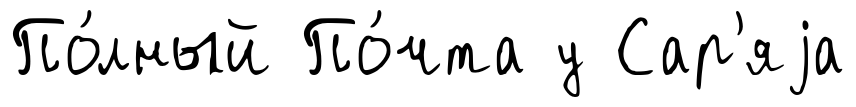
По́лный По́чта у Сар'яjа